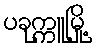
ပခုက္ကူမြို့